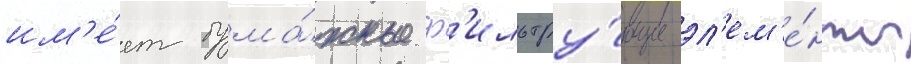
им'е́ет бума́жные ф'ильтру́ющие эл'ем'е́нты